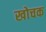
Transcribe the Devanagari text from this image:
खोचक